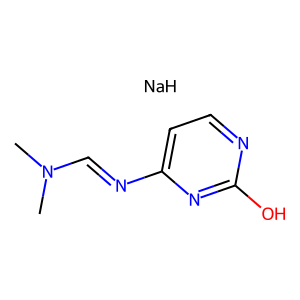
SMILES: CN(C)C=Nc1ccnc(O)n1.[NaH]
Inhibits HIV replication: No